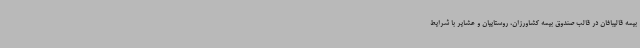
بیمه قالیبافان در قالب صندوق بیمه کشاورزان، روستاییان و عشایر با شرایط